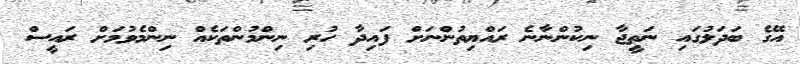
އޭގެ ބަދަލުގައި ނަތީޖާ ނިކުންނާނެ ރައްޔިތުންނަށް ފައިދާ ހުރި ނިންމުންތަކެއް ނިންމެވުމަށް ރައީސް